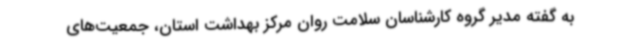
به گفته‌ مدیر گروه کارشناسان سلامت روان مرکز بهداشت استان، جمعیت‌های